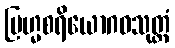
ဗြဟ္မစရိယောဂဓသုတ္တံ